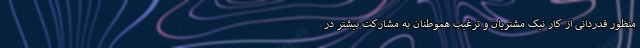
منظور قدردانی از کار نیک مشتریان و ترغیب هموطنان به مشارکت بیشتر در